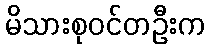
မိသားစုဝင်တဦးက